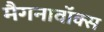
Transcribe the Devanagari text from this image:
मैगनावॉक्स